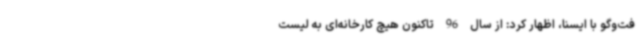
فت‌وگو با ایسنا، اظهار کرد: از سال 96 تاکنون هیچ کارخانه‌ای به لیست